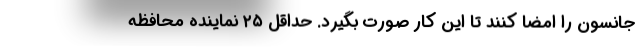
جانسون را امضا کنند تا این کار صورت بگیرد. حداقل ۲۵ نماینده محافظه